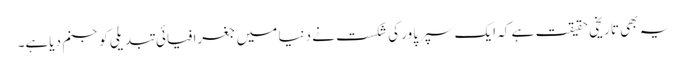
یہ بھی تاریخی حقیقت ہے کہ ایک سپرپاور کی شکست نے دنیا میں جغرافیائی تبدیلی کو جنم دیاہے۔